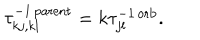
\tau _ { k j , k l } ^ { - 1 \, \mathrm { p a r e n t } } = k \tau _ { j l } ^ { - 1 \, \mathrm { o r b } } .